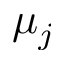
\mu _ { j }